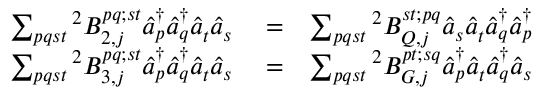
\begin{array} { r l r } { \sum _ { p q s t } { ^ { 2 } B _ { 2 , j } ^ { p q ; s t } { \hat { a } } _ { p } ^ { \dagger } { \hat { a } } _ { q } ^ { \dagger } { \hat { a } } _ { t } ^ { } { \hat { a } } _ { s } ^ { } } } & { { } = } & { \sum _ { p q s t } { ^ { 2 } B _ { Q , j } ^ { s t ; p q } { \hat { a } } _ { s } ^ { } { \hat { a } } _ { t } ^ { } { \hat { a } } _ { q } ^ { \dagger } { \hat { a } } _ { p } ^ { \dagger } } } \\ { \sum _ { p q s t } { ^ { 2 } B _ { 3 , j } ^ { p q ; s t } { \hat { a } } _ { p } ^ { \dagger } { \hat { a } } _ { q } ^ { \dagger } { \hat { a } } _ { t } ^ { } { \hat { a } } _ { s } ^ { } } } & { { } = } & { \sum _ { p q s t } { ^ { 2 } B _ { G , j } ^ { p t ; s q } { \hat { a } } _ { p } ^ { \dagger } { \hat { a } } _ { t } ^ { } { \hat { a } } _ { q } ^ { \dagger } { \hat { a } } _ { s } } } \end{array}